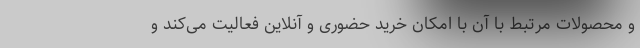
و محصولات مرتبط با آن با امکان خرید حضوری و آنلاین فعالیت می‌کند و